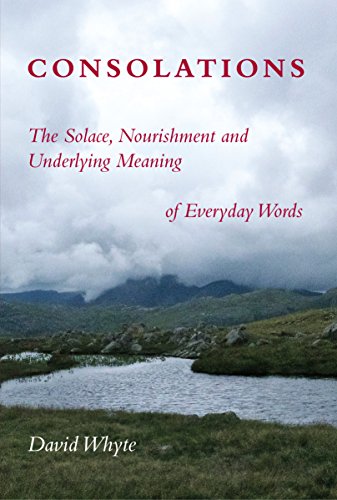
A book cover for Consolations: The Solace, Nourishment and Underlying Meaning of Everyday Words; David Whyte; Politics & Social Sciences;